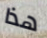
هذا